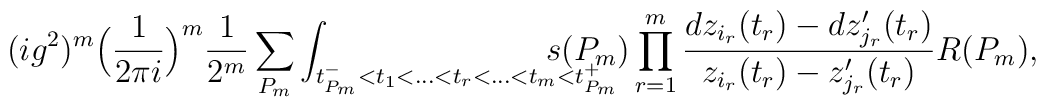
(ig^2)^m\Big({1\over 2\pi i}\Big)^m {1\over 2^m}\sum_{P_m}\int_{t_{P_m}^-<t_1<\dots <t_r< \dots<t_m<  t_{P_m}^+} {\hskip-1cm} s(P_m)\prod_{r=1}^m {d z_{i_r}(t_r) - d z_{j_r}'(t_r)\over z_{i_r}(t_r) -z_{j_r}'(t_r)} R(P_m),